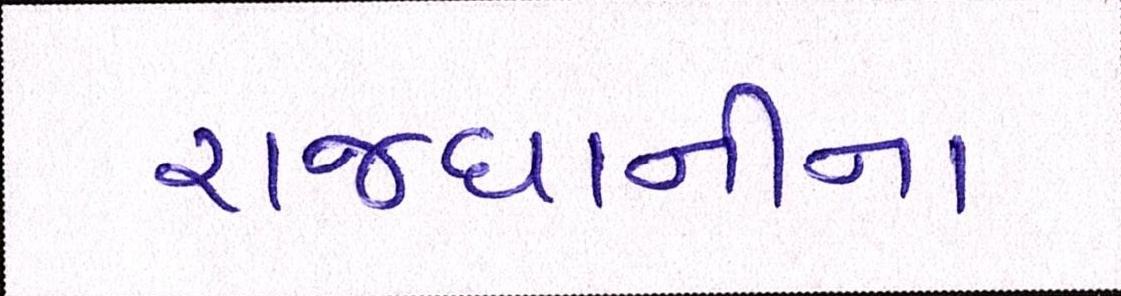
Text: રાજધાનીના